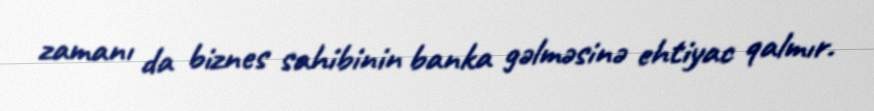
zamanı da biznes sahibinin banka gəlməsinə ehtiyac qalmır.